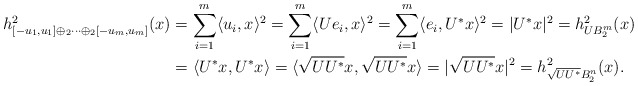
\begin{align*}h^2_{[-u_1,u_1]\oplus_2\cdots\oplus_2[-u_m,u_m]}(x) &=\sum_{i=1}^m \langle u_i, x \rangle^2=\sum_{i=1}^m \langle U e_i, x\rangle^2 = \sum_{i=1}^m \langle e_i, U^* x\rangle^2=|U^*x|^2 = h^2_{U B_2^m}(x)\\&=\langle U^*x, U^*x\rangle=\langle\sqrt{UU^*}x, \sqrt{UU^*}x\rangle=|\sqrt{UU^*}x|^2 =h^2_{\sqrt{UU^*}B_2^n}(x).\end{align*}